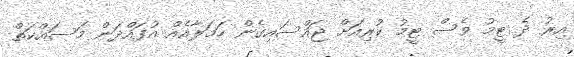
އިރު ދެ ޓީމު ވެސް ޓީމު ކުރިއަށް ޖައްސައިގެން ހަމަލާއެެއް އުފައްދަން މަސައްކަތް